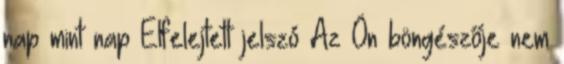
nap mint nap Elfelejtett jelszó Az Ön böngészője nem